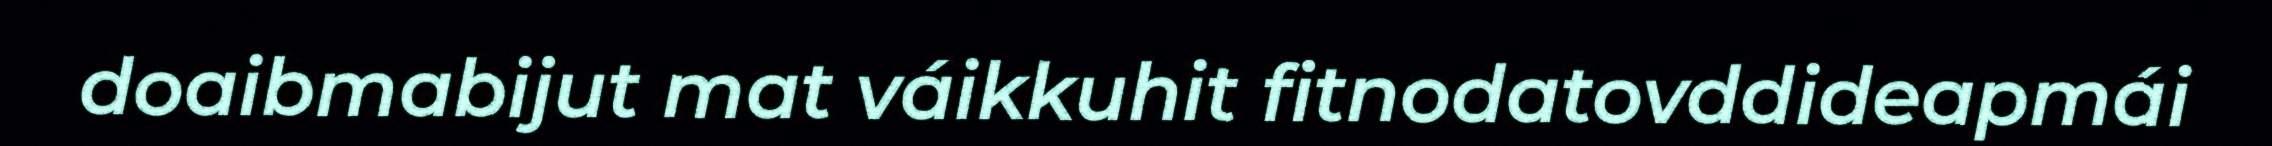
doaibmabijut mat váikkuhit fitnodatovddideapmái